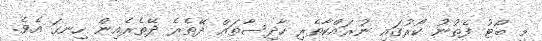
މި ބޯޓު ފެތުނު ކޯރުގައި ނުރައްކާތެރި ހާދިސާތައް ދޭތެރެ ދޭތެރެއިން ހިނގަ އެވެ.